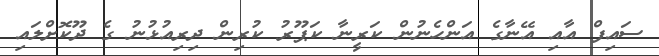
ސައިފް އާއި އޭނާގެ އަންހެނުން ކަރީނާ ކަޕޫރު ކުރިން ދިރިއުޅުނު ގެ ދޫކޮށްލައި